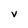
Character: V